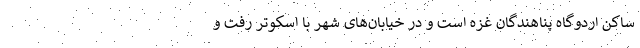
ساکن اردوگاه پناهندگان غزه است و در خیابان‌های شهر با اسکوتر رفت و